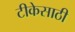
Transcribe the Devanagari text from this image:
टीकेसाठी